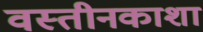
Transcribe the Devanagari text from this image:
वस्तीनकाशा